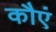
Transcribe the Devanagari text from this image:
कौएं